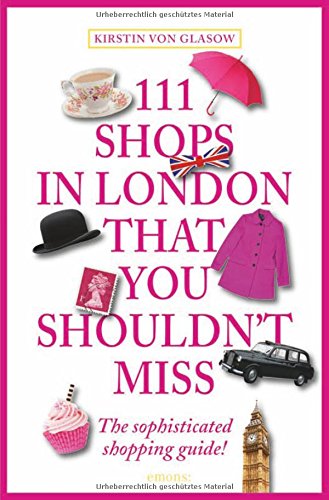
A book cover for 111 Shops in London That You Shouldn't Miss; Kirstin von Glasow; Travel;